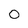
Character: o